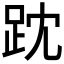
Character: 𧿒